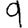
Digit: 9